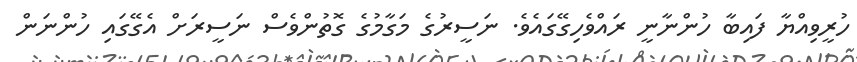
ހުރީވިއްޔާ ފައިބާ ހުންނާނީ ރައްވެހިގޭގައެވެ. ނަސީރުގެ މަގާމުގެ ގޮތުންވެސް ނަސީރަށް އެގޭގައި ހުންނަން